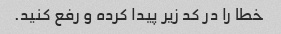
خطا را در کد زیر پیدا کرده و رفع کنید.